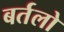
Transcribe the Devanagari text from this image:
बर्तलो